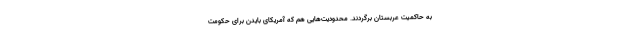
به حاکمیت عربستان برگردند. محدودیت‌هایی هم که آمریکای بایدن برای حکومت